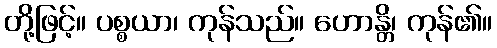
တို့ဖြင့်။ ပစ္စယာ၊ ကုန်သည်။ ဟောန္တိ၊ ကုန်၏။